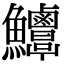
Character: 𩽶